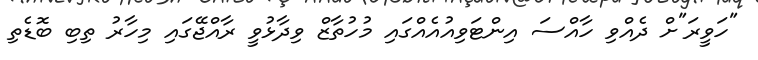
"ހަވީރަ"ށް ދެއްވި ހާއްސަ އިންޓަވިއުއެއްގައި މުހުތާޒް ވިދާޅުވީ ރާއްޖޭގައި މިހާރު ތިބި ބޮޑެތި